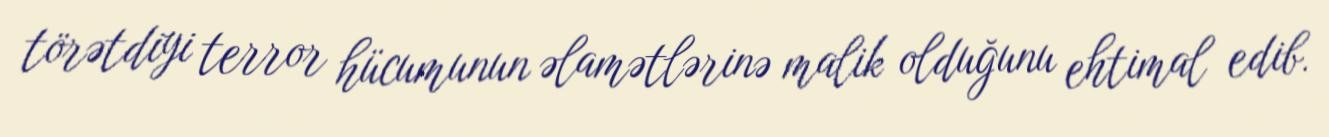
törətdiyi terror hücumunun əlamətlərinə malik olduğunu ehtimal edib.